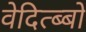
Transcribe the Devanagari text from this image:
वेदित्ब्बो